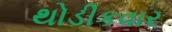
થોડીકવાર